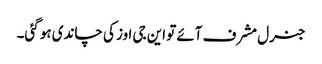
جنرل مشرف آئے تو این جی اوز کی چاندی ہو گئی۔